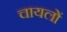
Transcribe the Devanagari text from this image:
चायलों